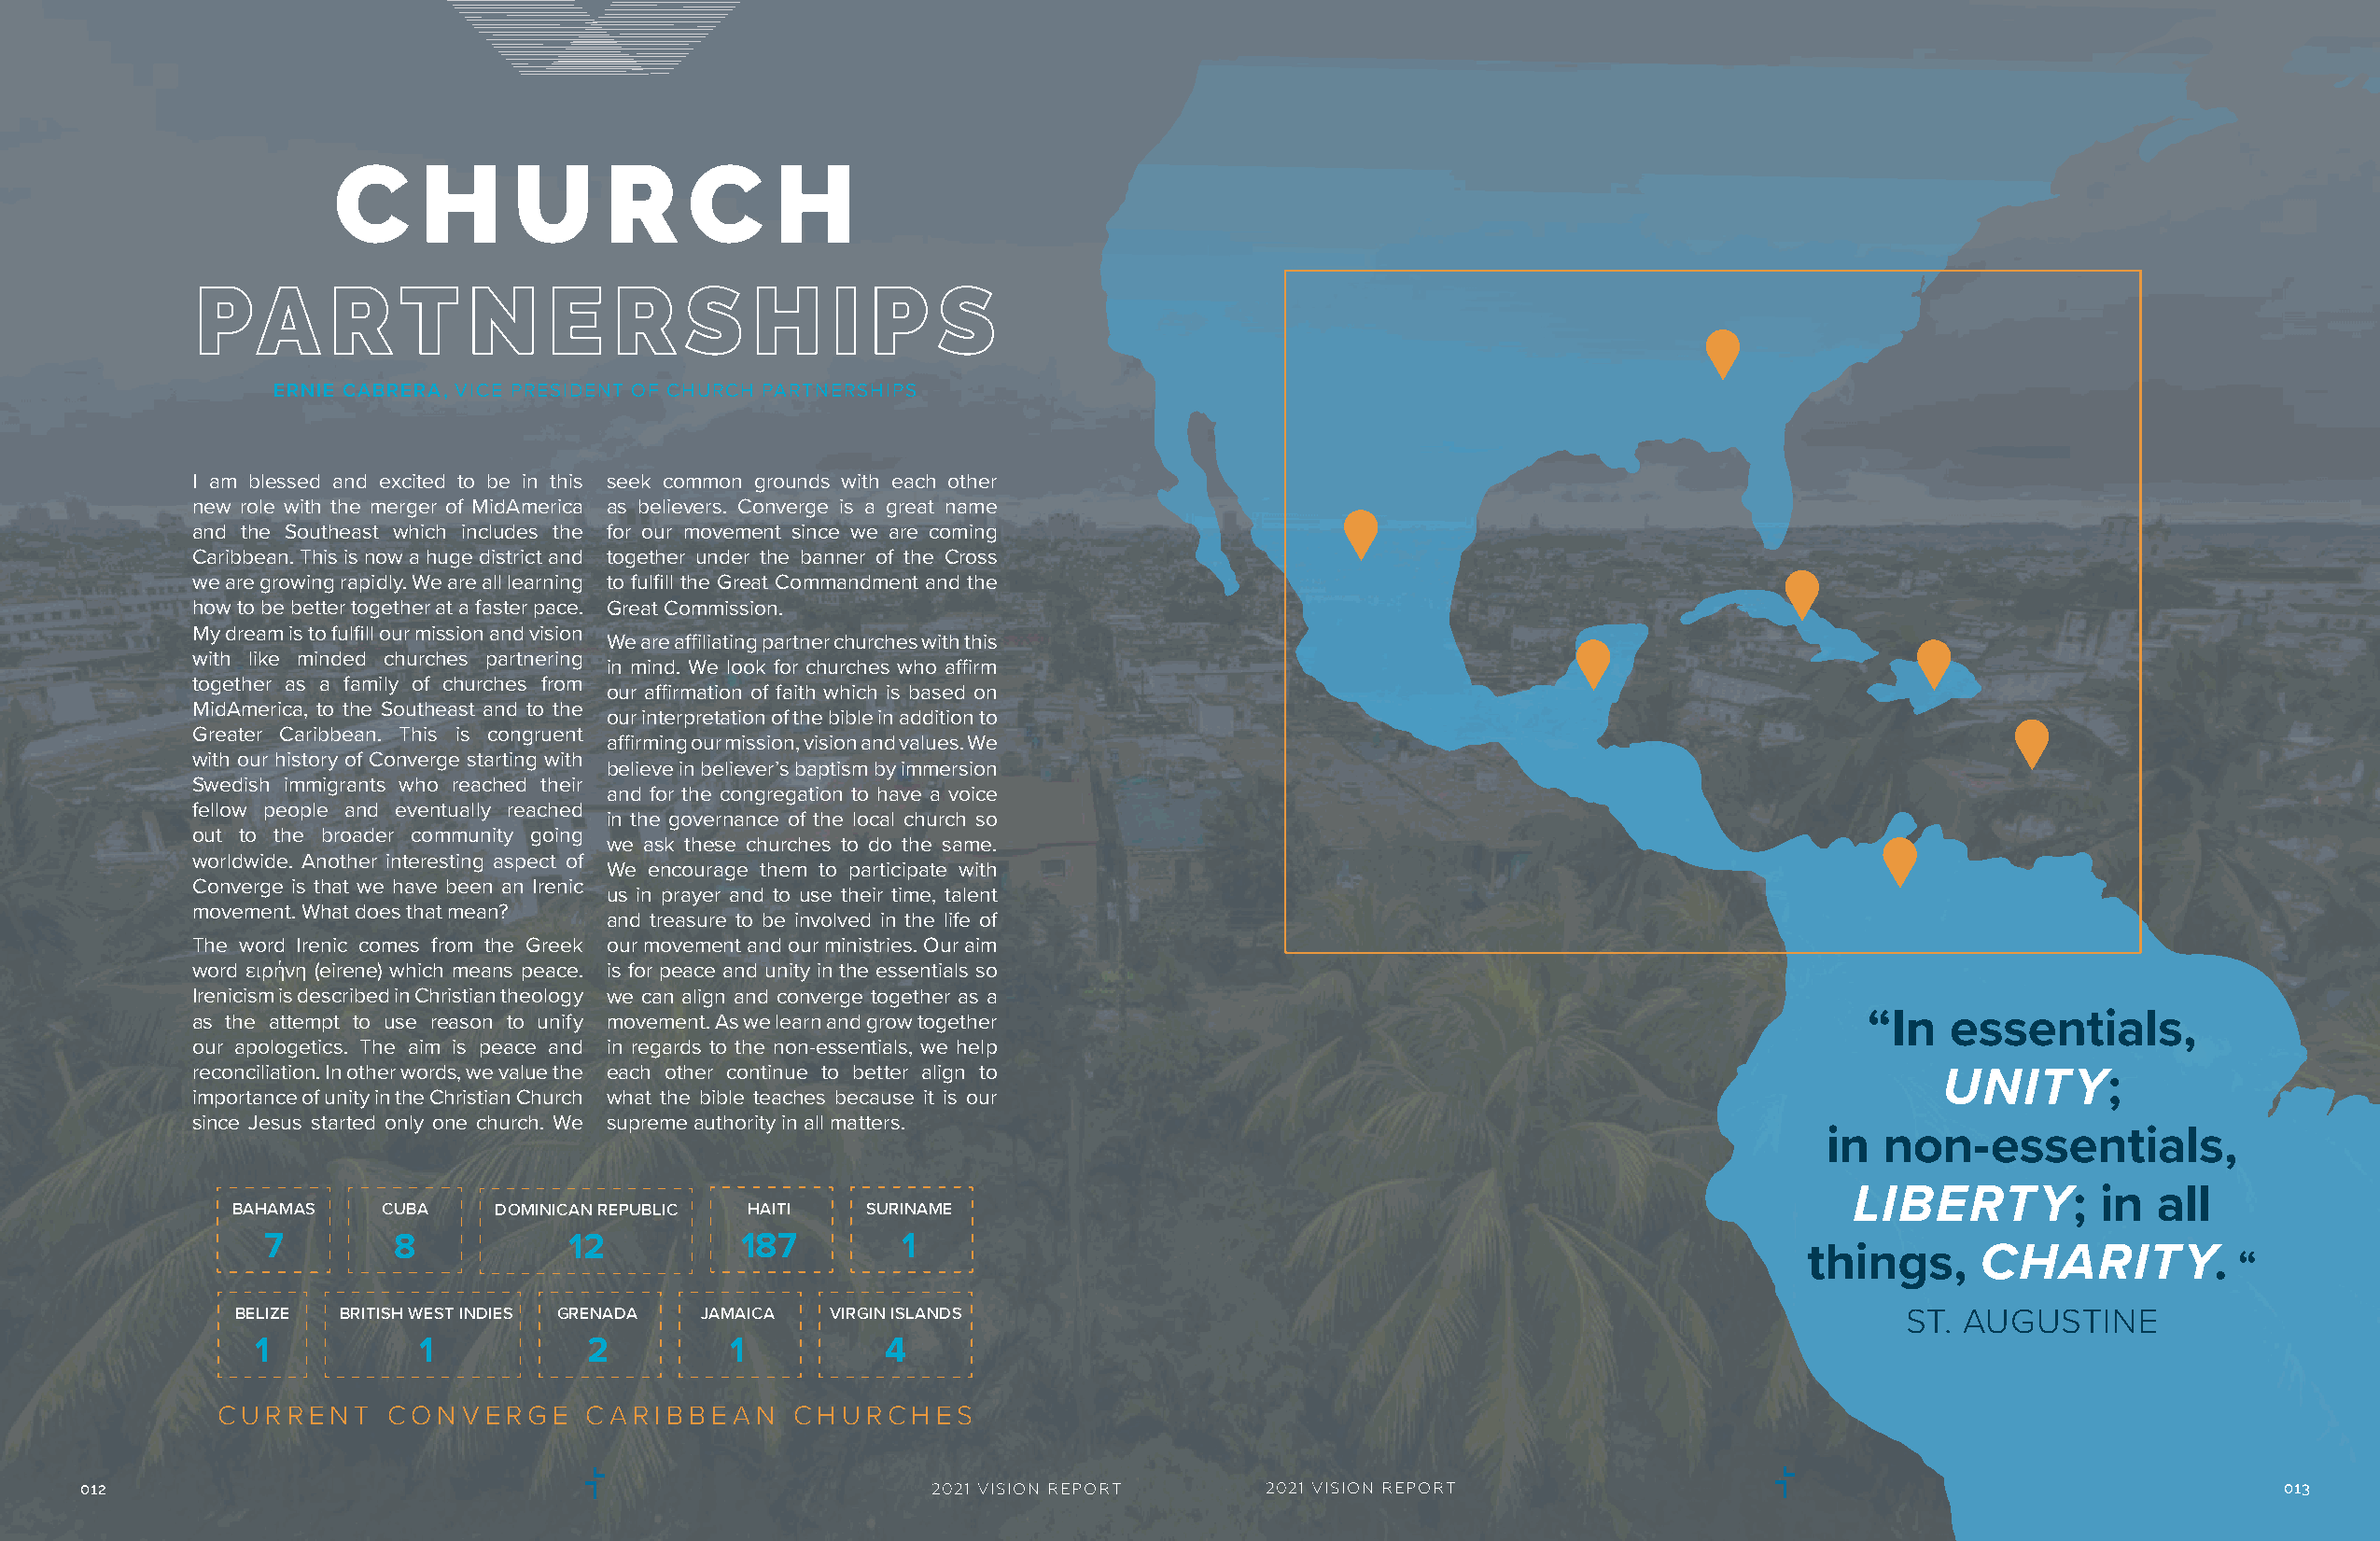
C     H     U      R     C     H
 PA       R    T    N     E   R     S   H     I  P    S
 ERNIE CABRERA, VICE PRESIDENT OF CHURCH PARTNERSHIPS
 I am blessed and excited to be in this seek common grounds with each other
 new role with the merger of MidAmerica as believers. Converge is a great name
 and the Southeast which includes the for our movement since we are coming
 Caribbean. This is now a huge district and together under the banner of the Cross
 we are growing rapidly. We are all learning to fulfill the Great Commandment and the
 how to be better together at a faster pace. Great Commission.
 My dream is to fulfill our mission and vision
 We are affiliating partner churches with this
 with like minded churches partnering
 in mind. We look for churches who affirm
 together as a family of churches from
 our affirmation of faith which is based on
 MidAmerica, to the Southeast and to the
 our interpretation of the bible in addition to
 Greater Caribbean. This is congruent
 affirming our mission, vision and values. We
 with our history of Converge starting with
 believe in believer’s baptism by immersion
 Swedish immigrants who reached their
 and for the congregation to have a voice
 fellow people and eventually reached
 in the governance of the local church so
 out to the broader community going
 we ask these churches to do the same.
 worldwide. Another interesting aspect of
 We encourage them to participate with
 Converge is that we have been an Irenic
 us in prayer and to use their time, talent
 movement. What does that mean?
 and treasure to be involved in the life of
 The word Irenic comes from the Greek our movement and our ministries. Our aim
 word ειρήνη (eirene) which means peace. is for peace and unity in the essentials so
 Irenicism is described in Christian theology we can align and converge together as a
 as the attempt to use reason to unify movement. As we learn and grow together                                         “In   essentials,
 our apologetics. The aim is peace and in regards to the non-essentials, we help
 reconciliation. In other words, we value the each other continue to better align to
 UNITY;
 importance of unity in the Christian Church what the bible teaches because it is our
 since Jesus started only one church. We supreme authority in all matters.
 in  non-essentials,
 LIBERTY;          in  all
 BAHAMAS    CUBA    DOMINICAN REPUBLIC HAITI  SURINAME
 7        8           12           187        1
 things,     CHARITY.
 “
 BELIZE BRITISH WEST INDIES GRENADA JAMAICA VIRGIN ISLANDS                                                             ST. AUGUSTINE
 1           1           2         1          4
 CURRENT     CONVERGE       C ARIBBE  AN  CHURCHES
 012                                                         2021 VISION REPORT      2021 VISION REPORT                                                      013